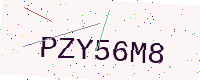
Text: PZY56M8